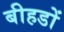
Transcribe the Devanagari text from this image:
बीहडों